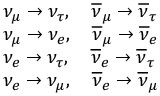
\begin{array} { r l } & { \nu _ { \mu } \rightarrow \nu _ { \tau } , ~ ~ ~ \overline { { \nu } } _ { \mu } \rightarrow \overline { { \nu } } _ { \tau } } \\ & { \nu _ { \mu } \rightarrow \nu _ { e } , ~ ~ ~ \overline { { \nu } } _ { \mu } \rightarrow \overline { { \nu } } _ { e } } \\ & { \nu _ { e } \rightarrow \nu _ { \tau } , ~ ~ ~ \overline { { \nu } } _ { e } \rightarrow \overline { { \nu } } _ { \tau } } \\ & { \nu _ { e } \rightarrow \nu _ { \mu } , ~ ~ ~ \overline { { \nu } } _ { e } \rightarrow \overline { { \nu } } _ { \mu } } \end{array}